Annual administration report of the Civil Veterinary Department of India - 1893-1894
Year: 1893
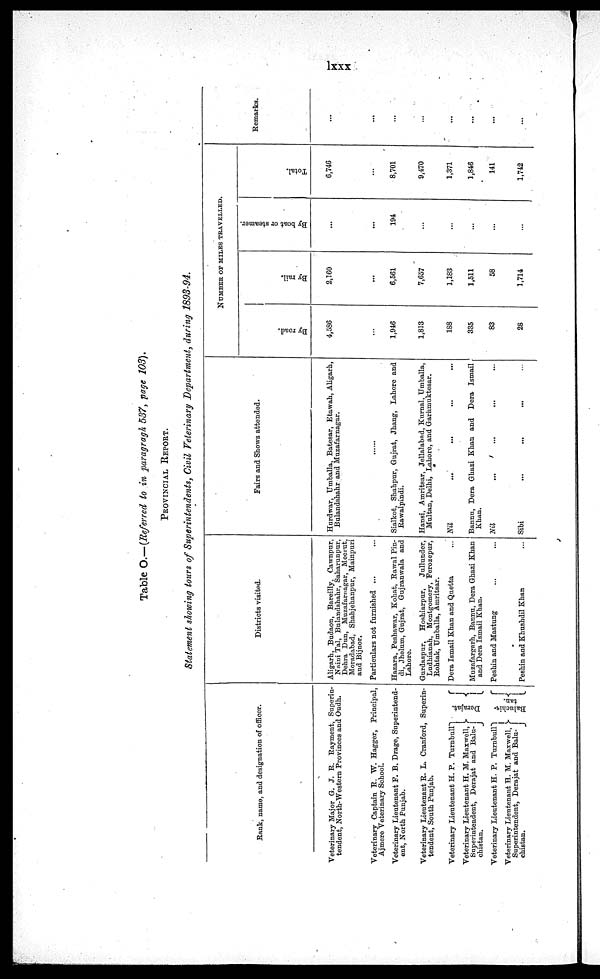
lxxx
Table O.—(Referred to in paragraph 537, page 103).
PROVINCIAL REPORT.
Statement showing tours of Superintendents, Civil Veterinary Department, during 1893-94.
Rank, name, and designation of officer.
Veterinary Major G. J. R. Rayment, Superin-
tendent, North-Western Provinces and Oudh.
Veterinary Captain R. W. Hagger, Principal,
Ajmere Veterinary School.
Veterinary Lieutenant F. B. Drage, Superintend-
ent, North Punjab.
Veterinary Lieutenant R. L. Cranford, Superin-
tendent, South Punjab.
Veterinary Lieutenant H. P. Turnbull
Veterinary Lieutenant H. M. Maxwell,
Superintendent, Derajat and Balu-
chistan.
Veterinary Lieutenant H. P. Turnbull
Veterinary Lieutenant H. M. Maxwell,
Superintendent, Derajat and Balu-
chistan.
Derajat.
Baluchis-
tan.
Districts visited.
Aligarh, Budaon, Bareilly, Cawnpur,
Naini Tal, Bulandshahr, Saharunpur,
Dehra Dun, Muzafarnagar, Meerut,
Moradabad, Shahjehanpur, Mainpuri
and Bijnor.
Particulars not furnished ...
... ...
Hazara, Peshawar, Kohat, Rawal Pin-
di, Jhelum, Gujrat, Gujranwala and
Lahore.
Gurdaspur,
Hoshiarpur,
Jullunder,
Ludhianah, Montgomery, Ferozepur,
Rohtak, Umballa, Amritsar.
Dera Ismail Khan and Quetta
Muzafargarh, Bannu, Dera Ghazi Khan
and Dera Ismail Khan.
Peshin and Mastung
Peshin and Khushdil Khan
Fairs and Shows attended.
Hurdwar, Umballa, Batesar, Etawah, Aligarh,
Bulandshahr and Muzafarnagar.
... ...
Sialkot, Shahpur, Gujrat, Jhang, Lahore and
Rawalpindi.
Hansi, Amritsar, Jellalabad, Kurnal, Umballa,
Multan, Delhi, Lahore, and Garhmuktesar.
Nil ... ... ... ...
Bannu, Dera Ghazi Khan and Dera Ismail
Khan.
Nil ... ... ... ...
Sibi ... ... ... ...
NUMBER OF MILES TRAVELLED.
By road.
4,586
1,946
1,813
188
335
83
28
By rail.
2,160
...
6,561
7,657
1,183
1,511
58
1,714
By boat or steamer.
...
...
194
...
...
...
...
...
Total.
6,746
...
8,701
9,470
1,371
1,846
141
1,742
Remarks.
...
...
...
...
...
...
...
...